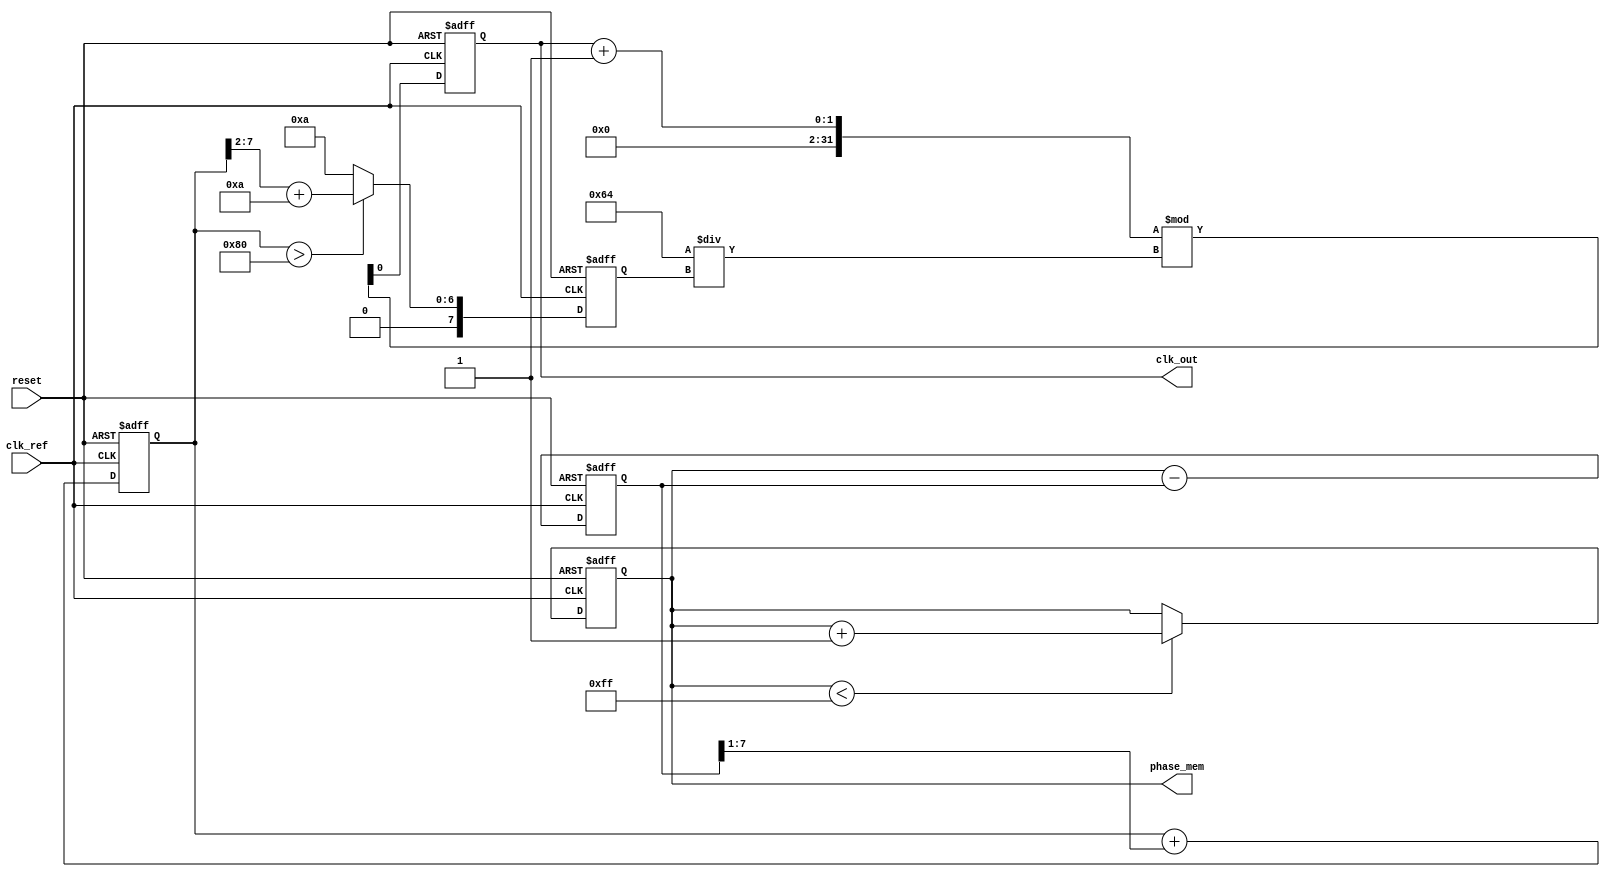
module PLL (
    input wire clk_ref,         // Reference clock input
    input wire reset,           // Asynchronous reset
    output reg clk_out,         // Output clock signal
    output reg [7:0] phase_mem  // Memory block to store phase information
);

    // Parameters
    parameter PHASE_MAX = 255;  // Maximum phase value for memory
    parameter VCO_MAX_FREQ = 100; // Maximum frequency of VCO
    parameter VCO_MIN_FREQ = 10;  // Minimum frequency of VCO

    // Internal signals
    reg [7:0] phase_error;       // Phase error signal
    reg [7:0] control_voltage;    // Control voltage for VCO
    reg [7:0] vco_freq;           // Current frequency of VCO

    // Phase Detector
    always @(posedge clk_ref or posedge reset) begin
        if (reset) begin
            phase_error <= 0;
        end else begin
            // Simple phase detection logic (for illustration)
            phase_error <= phase_mem - phase_error; // Calculate phase error
        end
    end

    // Loop Filter (simple proportional filter)
    always @(posedge clk_ref or posedge reset) begin
        if (reset) begin
            control_voltage <= 0;
        end else begin
            control_voltage <= control_voltage + (phase_error >> 1); // Simple integration
        end
    end

    // Voltage-Controlled Oscillator (VCO)
    always @(posedge clk_ref or posedge reset) begin
        if (reset) begin
            vco_freq <= VCO_MIN_FREQ; // Start from minimum frequency
            clk_out <= 0;
        end else begin
            // Adjust VCO frequency based on control voltage
            if (control_voltage > 128) begin
                vco_freq <= (control_voltage >> 2) + VCO_MIN_FREQ; // Example frequency adjustment
            end else begin
                vco_freq <= VCO_MIN_FREQ; // Minimum frequency if control voltage is low
            end
            
            // Generate output clock based on VCO frequency
            clk_out <= (clk_out + 1) % (VCO_MAX_FREQ / vco_freq);
        end
    end

    // Memory Block to store phase information
    always @(posedge clk_ref or posedge reset) begin
        if (reset) begin
            phase_mem <= 0; // Clear memory on reset
        end else begin
            // Store phase information (for illustration, just incrementing)
            if (phase_mem < PHASE_MAX) begin
                phase_mem <= phase_mem + 1;
            end
        end
    end

endmodule